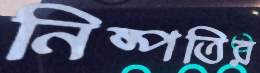
নিষ্পতির